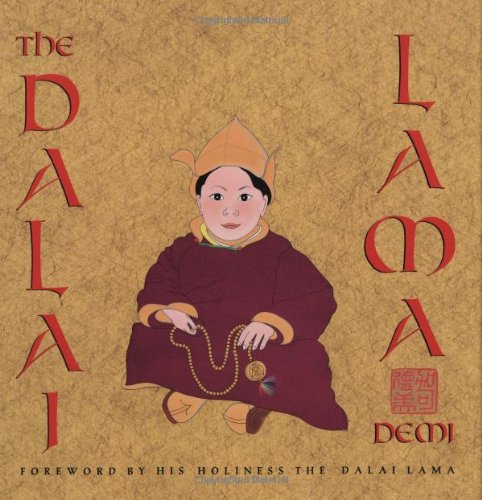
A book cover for The Dalai Lama:  Foreword by His Holiness The Dalai Lama; Demi; Children's Books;